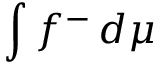
\int f ^ { - } \, d \mu